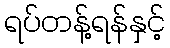
ရပ်တန့်ရန်နှင့်